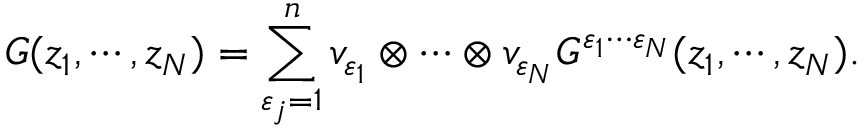
G ( z _ { 1 } , \cdots , z _ { N } ) = \sum _ { \varepsilon _ { j } = 1 } ^ { n } v _ { \varepsilon _ { 1 } } \otimes \cdots \otimes v _ { \varepsilon _ { N } } G ^ { \varepsilon _ { 1 } \cdots \varepsilon _ { N } } ( z _ { 1 } , \cdots , z _ { N } ) .